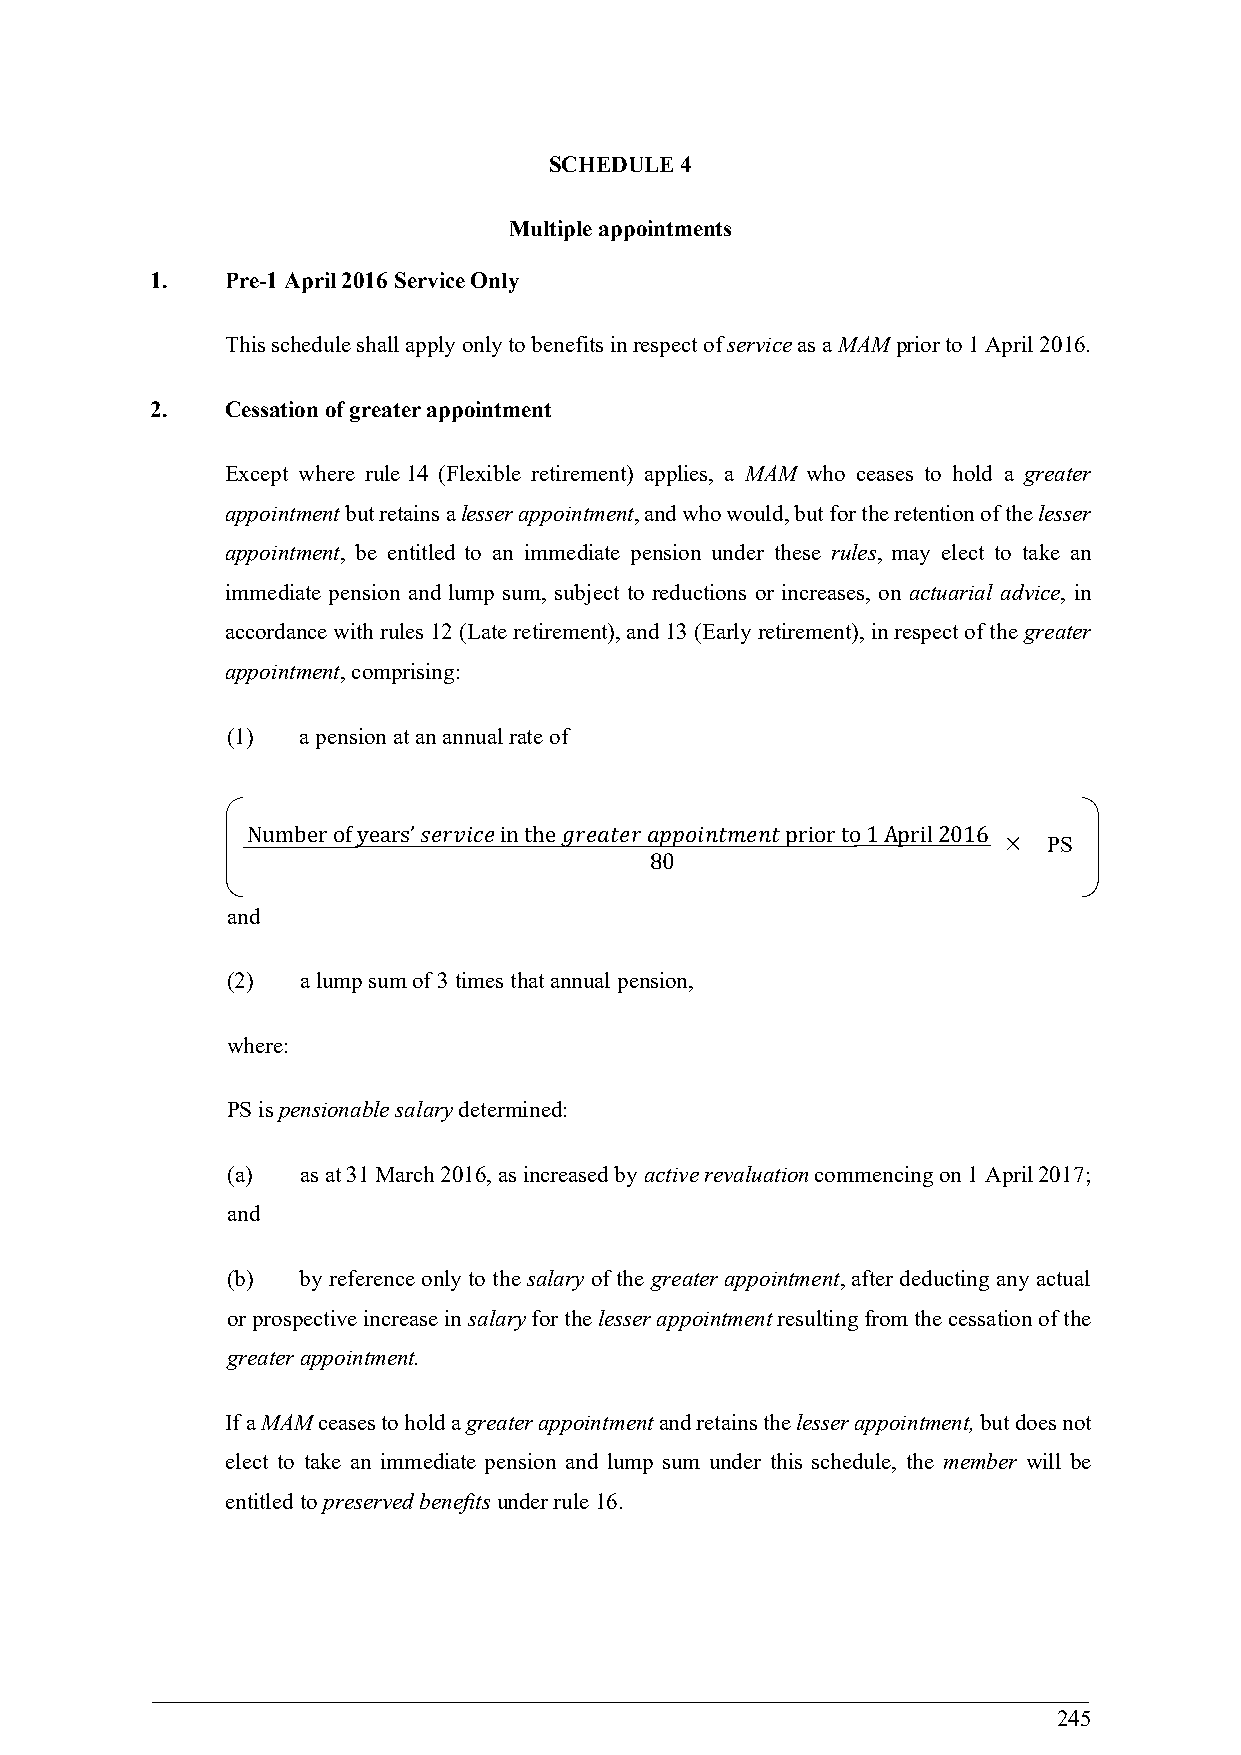
SCHEDULE 4
 Multiple appointments
 1.   Pre-1 April 2016 Service Only
 This schedule shall apply only to benefits in respect of service as a MAM prior to 1 April 2016.
 2.   Cessation of greater appointment
 Except where rule 14 (Flexible retirement) applies, a MAM who ceases to hold a greater
 appointment but retains a lesser appointment, and who would, but for the retention of the lesser
 appointment, be entitled to an immediate pension under these rules, may elect to take an
 immediate pension and lump sum, subject to reductions or increases, on actuarial advice, in
 accordance with rules 12 (Late retirement), and 13 (Early retirement), in respect of the greater
 appointment, comprising:
 (1)  a pension at an annual rate of
 Number of years’ 𝑠𝑒𝑟𝑣𝑖𝑐𝑒 in the 𝑔𝑟𝑒𝑎𝑡𝑒𝑟 𝑎𝑝𝑝𝑜𝑖𝑛𝑡𝑚𝑒𝑛𝑡 prior to 1 April 2016
   PS
 80
 and
 (2)  a lump sum of 3 times that annual pension,
 where:
 PS is pensionable salary determined:
 (a)  as at 31 March 2016, as increased by active revaluation commencing on 1 April 2017;
 and
 (b)  by reference only to the salary of the greater appointment, after deducting any actual
 or prospective increase in salary for the lesser appointment resulting from the cessation of the
 greater appointment.
 If a MAM ceases to hold a greater appointment and retains the lesser appointment, but does not
 elect to take an immediate pension and lump sum under this schedule, the member will be
 entitled to preserved benefits under rule 16.
 245